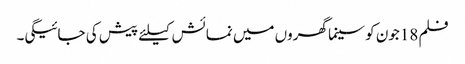
فلم 18جون کو سینما گھروں میں نمائش کیلئے پیش کی جائیگی۔